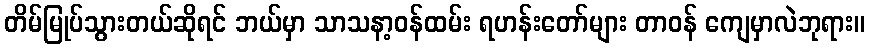
တိမ်မြုပ်သွားတယ်ဆိုရင် ဘယ်မှာ သာသနာ့ဝန်ထမ်း ရဟန်းတော်များ တာဝန် ကျေမှာလဲဘုရား။